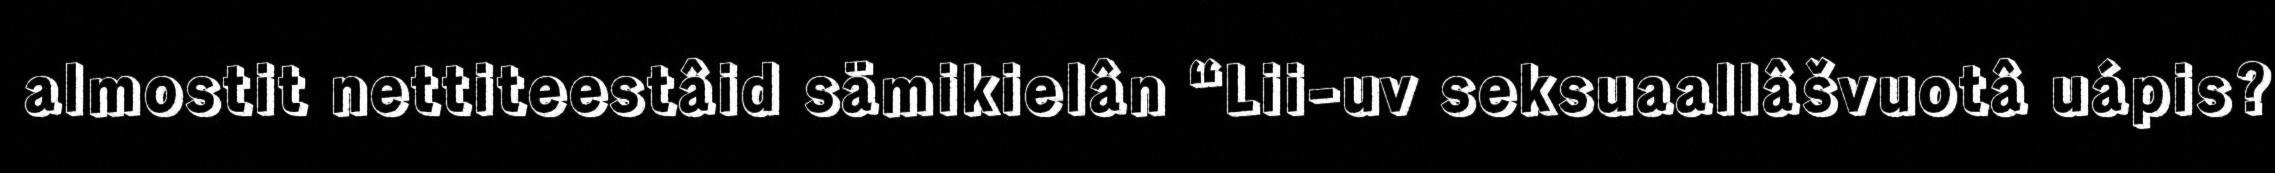
almostit nettiteestâid sämikielân “Lii-uv seksuaallâšvuotâ uápis?